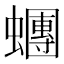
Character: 𧓘